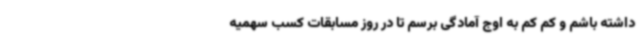
داشته باشم و کم کم به اوج آمادگی برسم تا در روز مسابقات کسب سهمیه